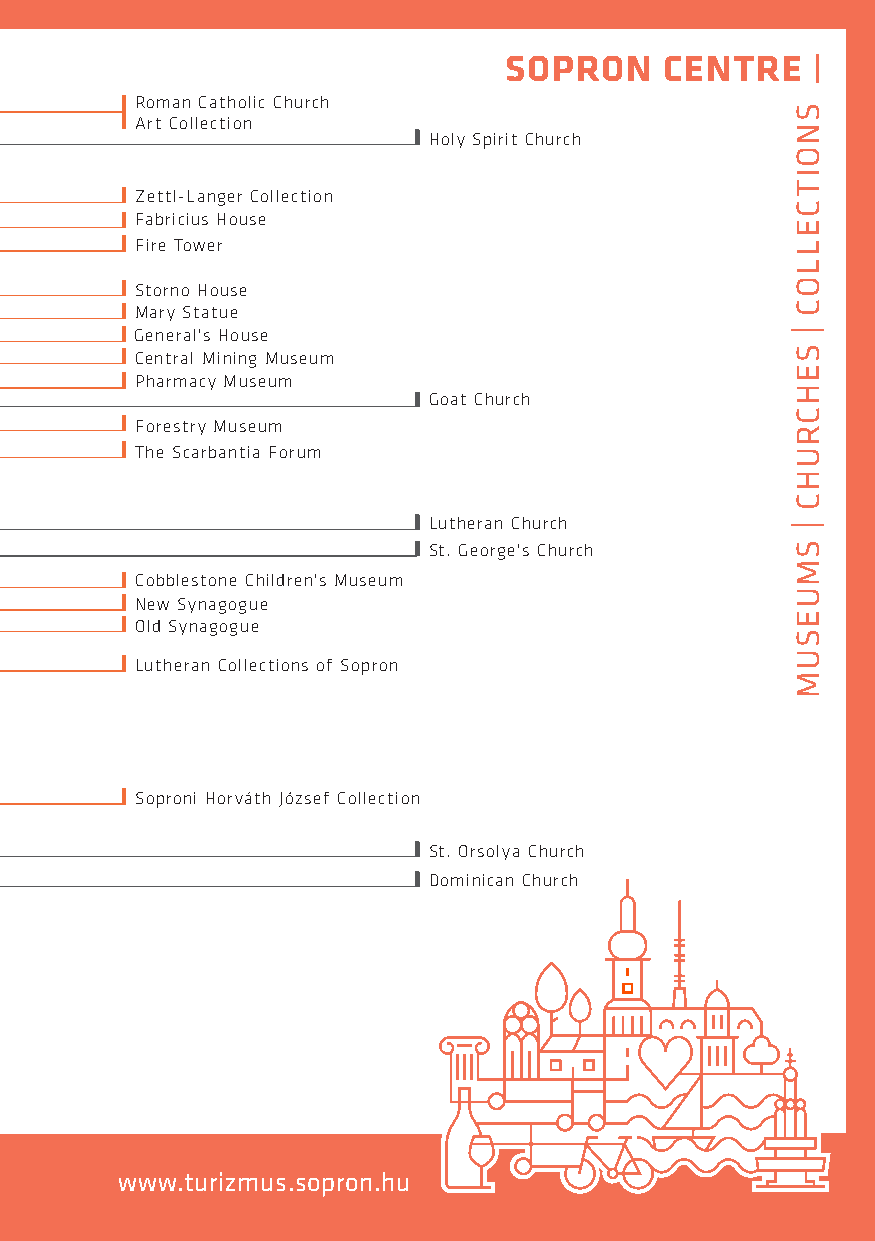
SOPRON     CENTRE    |
 Lackner
 Kris
 Ót gó af
 b
 ou n.
 a
 tér
 zök
 rojaM
 zök
 őtseF
 EV lőár kk ae prü ulet
 Sze
 In kt vlé
 al ek
 h
 íu.
 d
 Balfi út
 1
 FFZR
 A
 a
 ieo
 r rbt
 tm
 e
 rt
 C
 ia
 l
 Tc-o
 on
 iLl
 u
 w
 l
 aC
 e
 sn
 ea
 c
 H
 rgtt
 i
 eh
 oo
 ro
 un
 l sCi ec
 o
 lC leh cu tr ic oh
 n
 Holy Spirit Church
 Storno House
 Mary Statue
 Újteleki
 u.
 General's House
 Central Mining Museum
 Fő tér   Pharmacy Museum
 Színház
 u. Városház u.
 Forestry Museum
 Goat Church
 The Scarbantia Forum
 mplom
 u. Kolostor
 u.
 Bünker
 köz
 Te                          Lutheran Church
 St. George's Church
 Cobblestone Children's Museum
 New Synagogue
 Bástya tér Árpád u. Old Synagogue
 u.
 Új Lenck
 átjáró   Lutheran Collections of Sopron
 mplom
 u.
 Szent
 György
 u.
 Te
 Pe tétő rfi Fegyvertár
 u. Orsolya
 Soproni Horváth József Collection
 tér
 Liszt Ferenc u. H           St. Orsolya Church
 Templom
 u. átsókapu
 u. Torna
 u.
 Dominican Church
 Erzsébet
 u. Széchenyi
 tér
 Várkerület
 Ötvös
 u.
 www.turizmus.sopron.hu
 telürekráV
 SNOITCELLOC
 |
 SEHCRUHC
 |
 SMUESUM